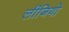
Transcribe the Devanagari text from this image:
लीजियो